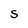
Character: s